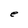
Character: e